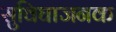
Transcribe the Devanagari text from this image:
सुविघाजनक